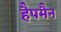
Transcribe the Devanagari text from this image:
हैपमैन